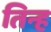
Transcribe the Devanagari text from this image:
तिन्ह